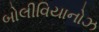
બોલીવિયાનોઝ